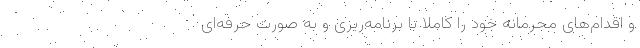
و اقدام‌های مجرمانه خود را کاملا با برنامه‌ریزی و به صورت حرفه‌ای